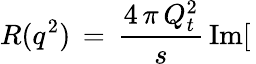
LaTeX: R(q^{2})\, =\, \frac{4\, \pi\, Q_{t}^{2}}{s}\, \mathrm{Im}[\,